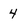
Character: 4